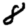
Digit: 8